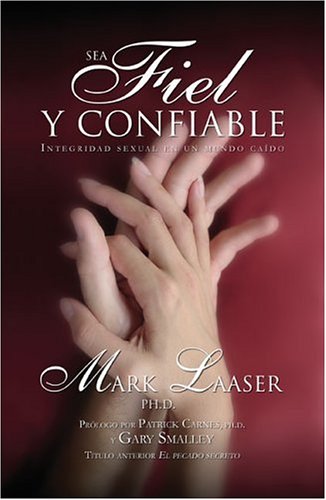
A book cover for Sea Fiel y Confiable: Sexual Integrity in a Fallen World (Spanish Edition); Mark Laaser; Health, Fitness & Dieting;